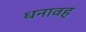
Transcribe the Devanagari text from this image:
धनावह